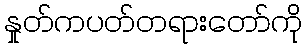
နှုတ်ကပတ်တရားတော်ကို